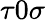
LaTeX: \tau 0\sigma